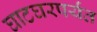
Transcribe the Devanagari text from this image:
घाटघरपर्यंत